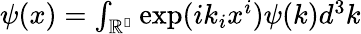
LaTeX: \begin{array}{r}{{\psi}(x)={\int}_{\mathbb{R^{3}}}\exp(i{k}_{i}{x}^{i})\psi(k)d^{3}k}\end{array}